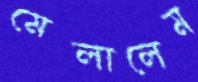
মেলালেম